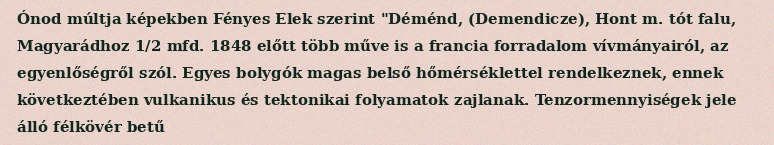
Ónod múltja képekben Fényes Elek szerint "Déménd, (Demendicze), Hont m. tót falu, Magyarádhoz 1/2 mfd. 1848 előtt több műve is a francia forradalom vívmányairól, az egyenlőségről szól. Egyes bolygók magas belső hőmérséklettel rendelkeznek, ennek következtében vulkanikus és tektonikai folyamatok zajlanak. Tenzormennyiségek jele álló félkövér betű